Annual report on the Civil Veterinary Department, Burma (including the Insein Veterinary School) - 1932-1941
Year: 1932
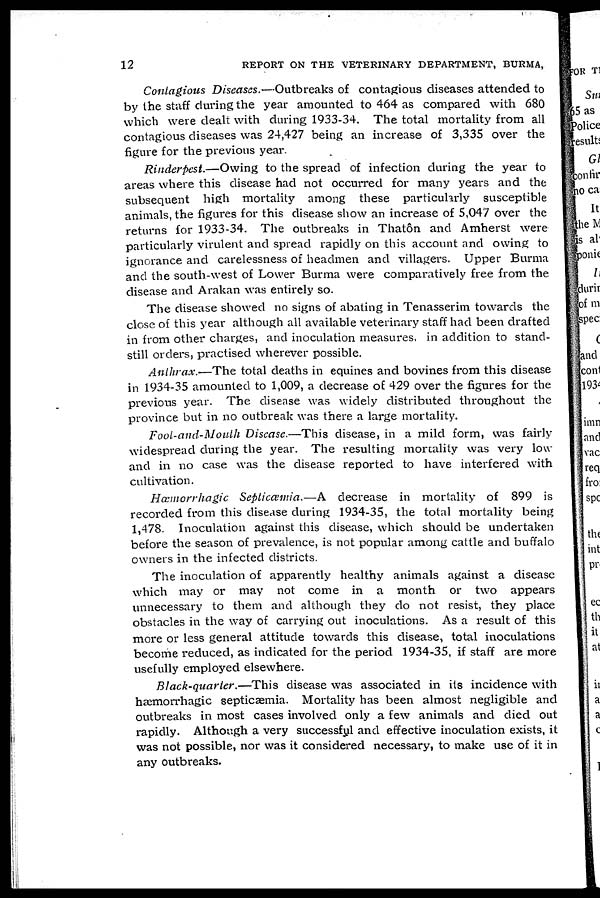
12
REPORT ON THE VETERINARY DEPARTMENT, BURMA,
Contagious Diseases.—Outbreaks of contagious diseases attended to
by the staff during the year amounted to 464 as compared with 680
which were dealt with during 1933-34. The total mortality from all
contagious diseases was 24,427 being an increase of 3,335 over the
figure for the previous year.
Rinderpest.—Owing to the spread of infection during the year to
areas where this disease had not occurred for many years and the
subsequent high mortality among these particularly susceptible
animals, the figures for this disease show an increase of 5,047 over the
returns for 1933-34. The outbreaks in Thatôn and Amherst were
particularly virulent and spread rapidly on this account and owing to
ignorance and carelessness of headmen and villagers. Upper Burma
and the south-west of Lower Burma were comparatively free from the
disease and Arakan was entirely so.
The disease showed no signs of abating in Tenasserim towards the
close of this year although all available veterinary staff had been drafted
in from other charges, and inoculation measures, in addition to stand-
still orders, practised wherever possible.
Anthrax.—The total deaths in equines and bovines from this disease
in 1934-35 amounted to 1,009, a decrease of 429 over the figures for the
previous year. The disease was widely distributed throughout the
province but in no outbreak was there a large mortality.
Foot-and-Mouth Disease.—This disease, in a mild form, was fairly
widespread during the year. The resulting mortality was very low
and in no case was the disease reported to have interfered with
cultivation.
Hæmorrhagic Septicæmia.—A decrease in mortality of 899 is
recorded from this disease during 1934-35, the total mortality being
1,478. Inoculation against this disease, which should be undertaken
before the season of prevalence, is not popular among cattle and buffalo
owners in the infected districts.
The inoculation of apparently healthy animals against a disease
which may or may not come in a month or two appears
unnecessary to them and although they do not resist, they place
obstacles in the way of carrying out inoculations. As a result of this
more or less general attitude towards this disease, total inoculations
become reduced, as indicated for the period 1934-35, if staff are more
usefully employed elsewhere.
Black-quarter.—This disease was associated in its incidence with
hæmorrhagic septicæmia. Mortality has been almost negligible and
outbreaks in most cases involved only a few animals and died out
rapidly. Although a very successful and effective inoculation exists, it
was not possible, nor was it considered necessary, to make use of it in
any outbreaks.